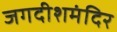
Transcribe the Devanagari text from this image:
जगदीशमंदिर